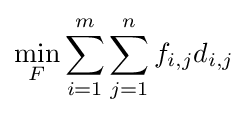
\min \limits _{F}{\sum _{i=1}^{m}\sum _{j=1}^{n}f_{i,j}d_{i,j}}